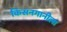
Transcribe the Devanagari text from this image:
किसनगानीला